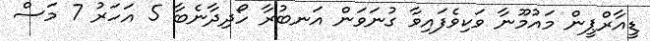
ޑީއާރްޕީން މައުމޫނާ ވަކިވެފައިވާ ގުނަވަން އަނބުރާ ހޯދިދާނެބާ 5 އަހަރު 7 މަސް